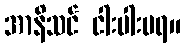
အာနိသင် ငါးပါးမရ။